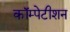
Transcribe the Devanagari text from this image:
कॉम्पेटीशन